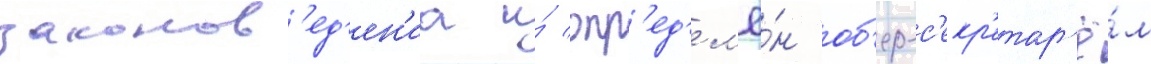
законов'ед'ен'иа и́ опр'ед'ел'ё́н об'ер-с'екр'етар'ё́м